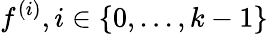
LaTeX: f^{(i)},i\in\{ 0,...,k-1\}